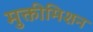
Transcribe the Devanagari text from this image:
मुक्तीमिशन